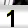
Digit: 1